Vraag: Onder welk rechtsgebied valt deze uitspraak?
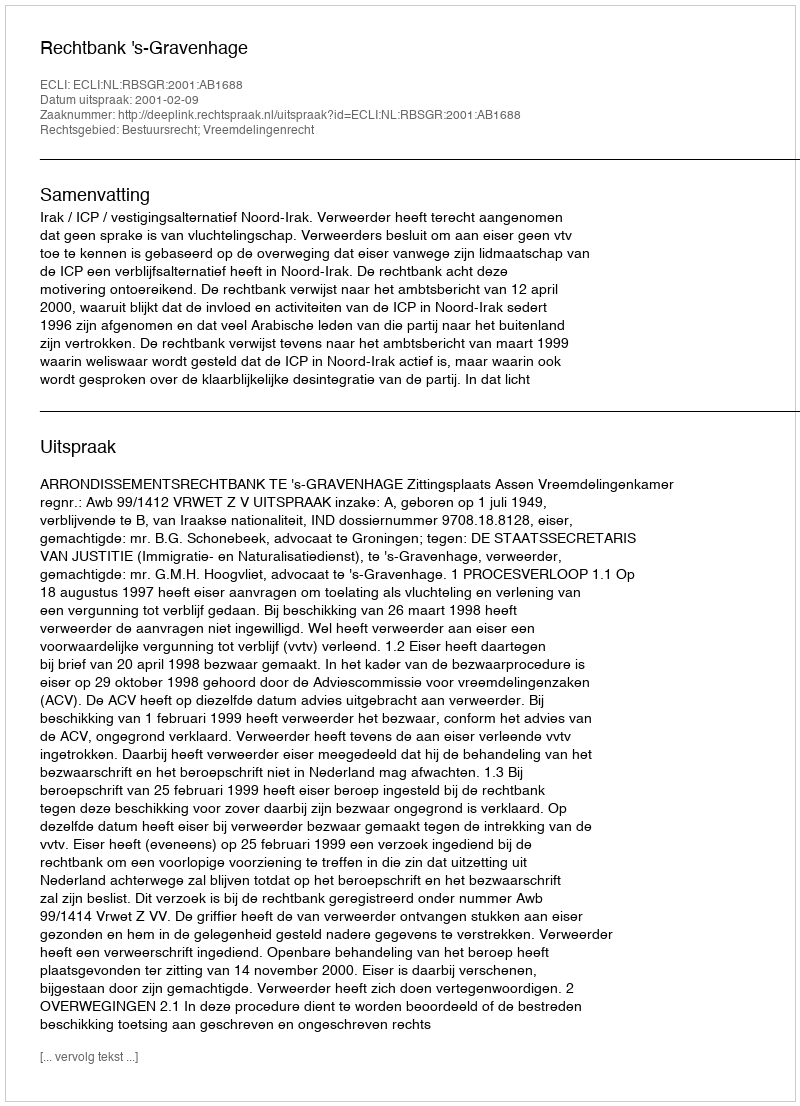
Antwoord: Bestuursrecht; Vreemdelingenrecht